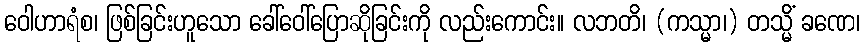
ဝေါဟာရံစ၊ ဖြစ်ခြင်းဟူသော ခေါ်ဝေါ်ပြောဆိုခြင်းကို လည်းကောင်း။ လဘတိ၊ (ကသ္မာ၊) တသ္မိံ ခဏေ၊